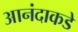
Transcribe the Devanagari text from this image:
आनंदाकडे